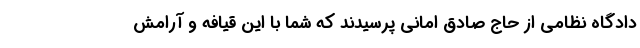
دادگاه نظامی از حاج صادق امانی پرسیدند که شما با این قیافه و آرامش